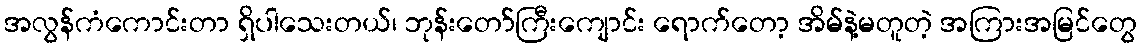
အလွန်ကံကောင်းတာ ရှိပါသေးတယ်၊ ဘုန်းတော်ကြီးကျောင်း ရောက်တော့ အိမ်နဲ့မတူတဲ့ အကြားအမြင်တွေ